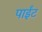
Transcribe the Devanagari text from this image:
पाईंट